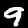
Digit: 9